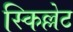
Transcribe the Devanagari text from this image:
स्किल्लेट